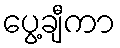
ပွေ့ချီကာ